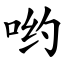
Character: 哟